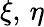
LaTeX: \xi,\, \eta